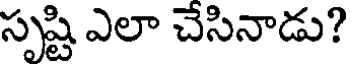
సృష్టి ఎలా చేసినాడు?